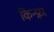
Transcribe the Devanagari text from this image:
किन्फ़्रा